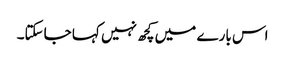
اس بارے میں کچھ نہیں کہا جاسکتا۔